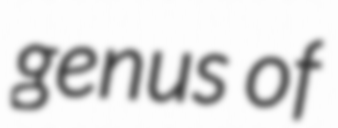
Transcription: genus of